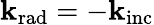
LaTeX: \mathbf{k}_{\mathrm{{rad}}}=-\mathbf{k}_{\mathrm{{inc}}}